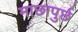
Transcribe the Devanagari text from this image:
माछापुर्छ